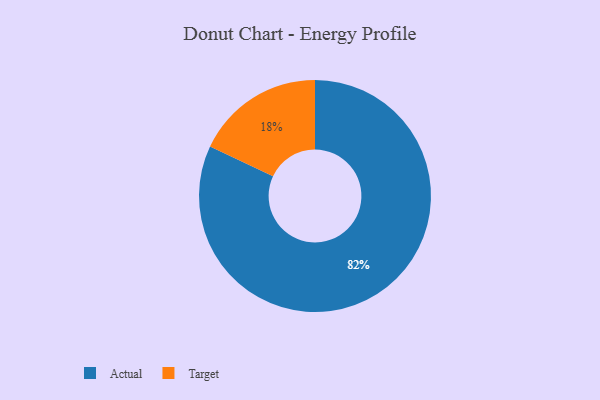
{"axis": {"x": "Category", "y": "Percentage"}, "legend": ["Actual", "Target"], "data": [{"x": "Actual", "y": 82, "type": "Actual"}, {"x": "Target", "y": 18, "type": "Target"}]}